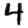
Digit: 4